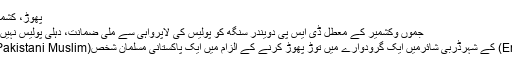
پھوڑ، کشمیر پر دی یہ بڑی دھمکی
جموں وکشمیر کے معطل ڈی ایس پی دویندر سنگھ کو پولیس کی لاپرواہی سے ملی ضمانت، دہلی پولیس نہیں داخل کرپائی چارج شیٹ
مشرقی انگلینڈ (England) کے شہرڈربی شائرمیں ایک گرودوارے میں توڑ پھوڑ کرنے کے الزام میں ایک پاکستانی مسلمان شخص(Pakistani Muslim) کو گرفتار کیا گیا ہے۔